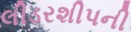
લીડરશીપની